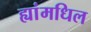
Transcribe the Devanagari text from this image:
ह्यांमधिल